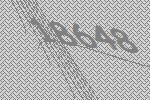
18648